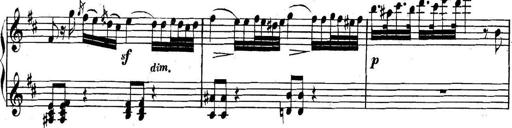
Title: Collected Piano Sonatas
Composer: Muzio Clementi